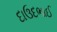
દાઉદભાઈ